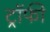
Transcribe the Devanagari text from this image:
ट्राॅफी